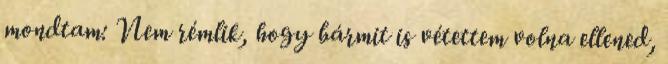
mondtam: Nem rémlik, hogy bármit is vétettem volna ellened,